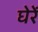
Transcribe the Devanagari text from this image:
घेरें